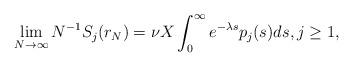
LaTeX: \begin{align*} \lim_{N \to \infty} N^{-1} S_j(r_N) = \nu X \int_0^\infty e^{-\lambda s} p_j(s) ds, j \geq 1, \end{align*}